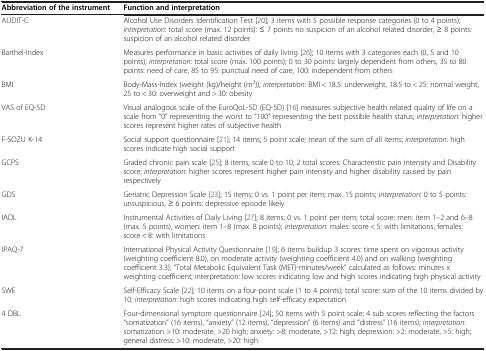
<table><thead><tr><td><b>Abbreviation of the instrument</b></td><td><b>Function and interpretation</b></td></tr></thead><tbody><tr><td>AUDIT-C</td><td>Alcohol Use Disorders Identification Test [20]; 3 items with 5 possible response categories (0 to 4 points); <i>interpretation</i>: total score (max. 12 points): ≤ 7 points no suspicion of an alcohol related disorder, ≥ 8 points: suspicion of an alcohol related disorder</td></tr><tr><td>Barthel-Index</td><td>Measures performance in basic activities of daily living [26]; 10 items with 3 categories each (0, 5 and 10 points); <i>interpretation</i>: total score (max. 100 points); 0 to 30 points: largely dependent from others, 35 to 80 points: need of care, 85 to 95: punctual need of care, 100: independent from others</td></tr><tr><td>BMI</td><td>Body-Mass-Index (weight (kg)/height (m<sup>2</sup>)); <i>interpretation</i>: BMI &lt; 18.5: underweight, 18.5 to &lt; 25: normal weight, 25 to &lt; 30: overweight and &gt; 30: obesity</td></tr><tr><td>VAS of EQ-5D</td><td>Visual analogous scale of the EuroQoL-5D (EQ-5D) [16] measures subjective health related quality of life on a scale from “0” representing the worst to “100” representing the best possible health status; <i>interpretation</i>: higher scores represent higher rates of subjective health</td></tr><tr><td>F-SOZU K-14</td><td>Social support questionnaire [21]; 14 items; 5 point scale; mean of the sum of all items; <i>interpretation</i>: high scores indicate high social support</td></tr><tr><td>GCPS</td><td>Graded chronic pain scale [25]; 8 items, scale 0 to 10; 2 total scores: Characteristic pain intensity and Disability score; <i>interpretation</i>: higher scores represent higher pain intensity and higher disability caused by pain respectively</td></tr><tr><td>GDS</td><td>Geriatric Depression Scale [23]; 15 items; 0 vs. 1 point per item; max. 15 points; <i>interpretation</i>: 0 to 5 points: unsuspicious, ≥ 6 points: depressive episode likely</td></tr><tr><td>IADL</td><td>Instrumental Activities of Daily Living [27]; 8 items; 0 vs. 1 point per item; total score: men: item 1–2 and 6–8 (max. 5 points), women: item 1–8 (max. 8 points); <i>interpretation</i>: males: score &lt; 5: with limitations, females: score &lt; 8: with limitations</td></tr><tr><td>IPAQ-7</td><td>International Physical Activity Questionnaire [19]; 6 items buildup 3 scores: time spent on vigorous activity (weighting coefficient 8.0), on moderate activity (weighting coefficient 4.0) and on walking (weighting coefficient 3.3); “Total Metabolic Equivalent Task (MET)-minutes/week” calculated as follows: minutes x weighting coefficient; interpretation: low scores indicating low and high scores indicating high physical activity</td></tr><tr><td>SWE</td><td>Self-Efficacy Scale [22]; 10 items on a four-point scale (1 to 4 points); total score: sum of the 10 items divided by 10; <i>interpretation</i>: high scores indicating high self-efficacy expectation</td></tr><tr><td>4 DBL</td><td>Four-dimensional symptom questionnaire [24]; 50 items with 5 point scale; 4 sub scores reflecting the factors “somatization” (16 items), “anxiety” (12 items), “depression” (6 items) and “distress” (16 items); <i>interpretation</i>: somatization &gt;10: moderate, &gt;20 high; anxiety: &gt;8: moderate, &gt;12: high; depression: &gt;2: moderate, &gt;5: high; general distress: &gt;10: moderate, &gt;20: high</td></tr></tbody></table>